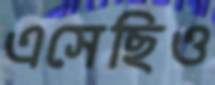
এসেছিও